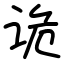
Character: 诡